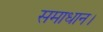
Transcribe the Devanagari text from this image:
समाधान।